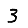
Digit: 3